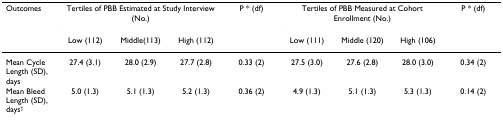
<table><thead><tr><td><b>Outcomes</b></td><td colspan="3"><b>Tertiles of PBB Estimated at Study Interview (No.)</b></td><td><b>P * (df)</b></td><td colspan="3"><b>Tertiles of PBB Measured at Cohort Enrollment (No.)</b></td><td><b>P * (df)</b></td></tr><tr><td></td><td><b>Low (112)</b></td><td><b>Middle(113)</b></td><td><b>High (112)</b></td><td></td><td><b>Low (111)</b></td><td><b>Middle (120)</b></td><td><b>High (106)</b></td><td></td></tr></thead><tbody><tr><td>Mean Cycle Length (SD), days</td><td>27.4 (3.1)</td><td>28.0 (2.9)</td><td>27.7 (2.8)</td><td>0.33 (2)</td><td>27.5 (3.0)</td><td>27.6 (2.8)</td><td>28.0 (3.0)</td><td>0.34 (2)</td></tr><tr><td>Mean Bleed Length (SD), days<sup>†</sup></td><td>5.0 (1.3)</td><td>5.1 (1.3)</td><td>5.2 (1.3)</td><td>0.36 (2)</td><td>4.9 (1.3)</td><td>5.1 (1.3)</td><td>5.3 (1.3)</td><td>0.14 (2)</td></tr></tbody></table>